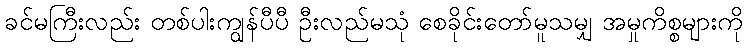
ခင်မကြီးလည်း တစ်ပါးကျွန်ပီပီ ဦးလည်မသုံ စေခိုင်းတော်မူသမျှ အမှုကိစ္စများကို